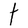
Character: t